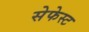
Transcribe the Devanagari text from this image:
सेफेस्ट